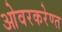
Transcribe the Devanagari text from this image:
ओवरकरेण्त